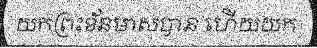
យកព្រះខ័នមាសបាន ហើយយក